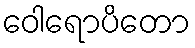
ဝေါရောပိတော